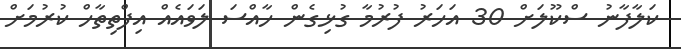
ކަލާފާނު ސްކޫލަށް 30 އަހަރު ފުރުމާ ގުޅިގެން ހާއްސަ ލަވައެއް އިފްތިތާހް ކުރުމަށް